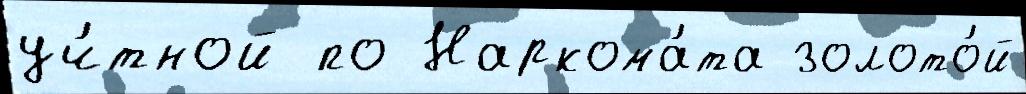
уч́тной по Наркома́та золото́й